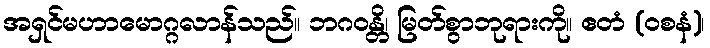
အရှင်မဟာမောဂ္ဂလာန်သည်။ ဘဂဝန္တိ၊ မြတ်စွာဘုရားကို။ ဧတံ (ဝစနံ)၊